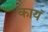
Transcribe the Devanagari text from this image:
कायं